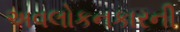
અવલોકનકારની